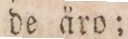
de äro;